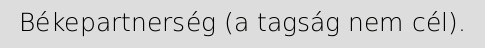
Békepartnerség (a tagság nem cél).